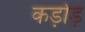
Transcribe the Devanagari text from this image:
कड़ोड़